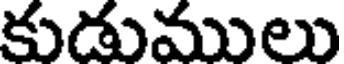
కుడుములు